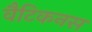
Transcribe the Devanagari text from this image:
वैटिकनस